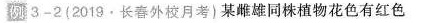
例3-2(2019.长春外校月考)某雌雄同株植物花色有红色